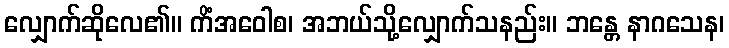
လျှောက်ဆိုလေ၏။ ကိံအဝေါစ၊ အဘယ်သို့လျှောက်သနည်း။ ဘန္တေ နာဂသေန၊